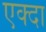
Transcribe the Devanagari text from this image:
एक्दा